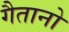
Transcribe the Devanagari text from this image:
गैतानो